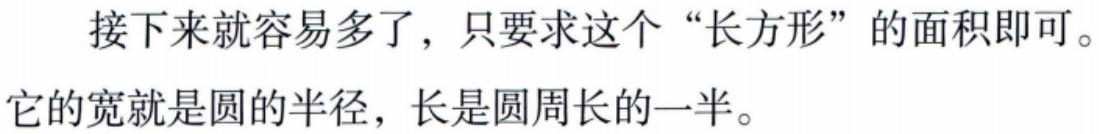
接下来就容易多了，只要求这个“长方形”的面积即可。

它的宽就是圆的半径，长是圆周长的一半。